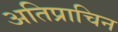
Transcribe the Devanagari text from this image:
अतिप्राचिन